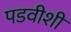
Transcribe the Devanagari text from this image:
पडवीशी